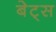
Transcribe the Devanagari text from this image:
बेट्‌स